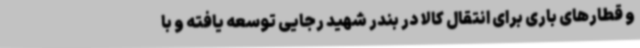
و قطارهای باری برای انتقال کالا در بندر شهید رجایی توسعه یافته و با